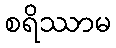
စရိဿာမ